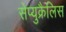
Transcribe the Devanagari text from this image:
सेप्युक्रैलिस